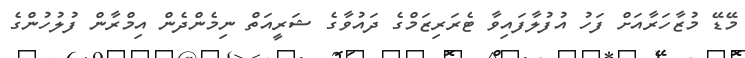
މޭޑޭ މުޒާހަރާއަށް ފަހު އުފުލާފައިވާ ޓެރަރިޒަމްގެ ދައުވާގެ ޝަރީއަތް ނިމެންދެން އިމްރާން ފުލުހުންގެ